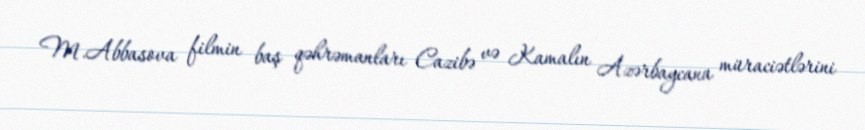
M.Abbasova filmin baş qəhrəmanları Cazibə və Kamalın Azərbaycana müraciətlərini